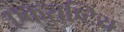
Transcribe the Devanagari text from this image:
एकराष्टिय